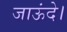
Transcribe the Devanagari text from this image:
जाऊंदे।